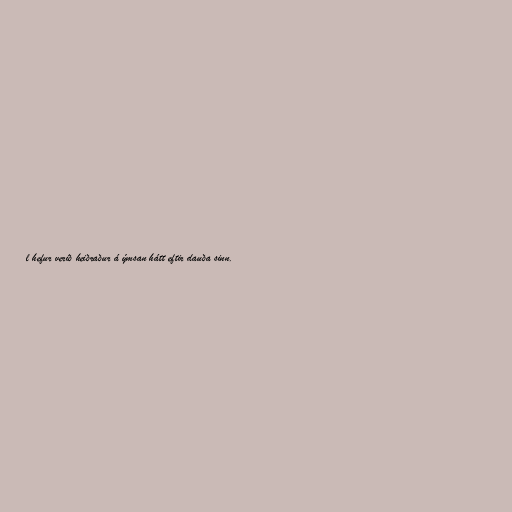
l hefur verið heiðraður á ýmsan hátt eftir dauða sinn.